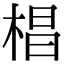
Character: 椙